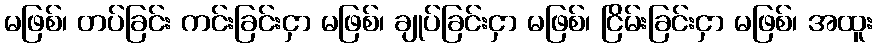
မဖြစ်၊ တပ်ခြင်း ကင်းခြင်းငှာ မဖြစ်၊ ချုပ်ခြင်းငှာ မဖြစ်၊ ငြိမ်းခြင်းငှာ မဖြစ်၊ အထူး